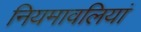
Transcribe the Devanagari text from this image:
नियमावलियां